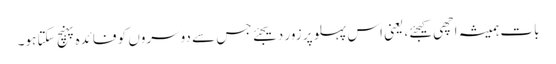
بات ہمیشہ اچھی کیجئے، یعنی اس پہلو پر زور دیجئے جس سے دوسروں کو فائدہ پہنچ سکتا ہو۔